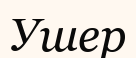
Ушер